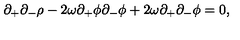
\partial _ { + } \partial _ { - } \rho - 2 \omega \partial _ { + } \phi \partial _ { - } \phi + 2 \omega \partial _ { + } \partial _ { - } \phi = 0 ,